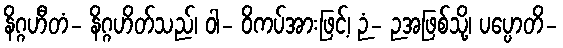
နိဂ္ဂဟီတံ- နိဂ္ဂဟိတ်သည်၊ ဝါ- ဝိကပ်အားဖြင့်၊ ဉံ- ဉအဖြစ်သို့၊ ပပ္ပောတိ-